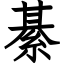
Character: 綦